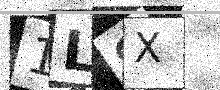
Text: 1L9X